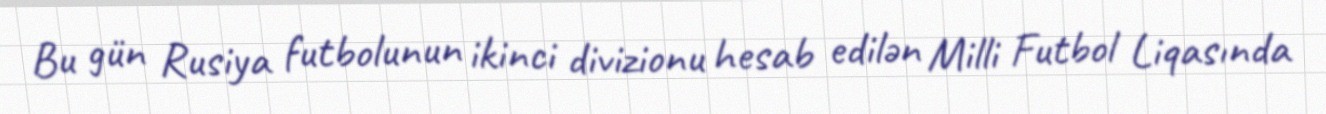
Bu gün Rusiya futbolunun ikinci divizionu hesab edilən Milli Futbol Liqasında